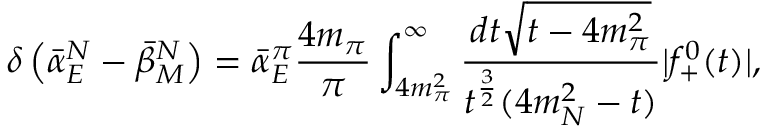
\delta \left( \bar { \alpha } _ { E } ^ { N } - \bar { \beta } _ { M } ^ { N } \right) = \bar { \alpha } _ { E } ^ { \pi } { \frac { 4 m _ { \pi } } { \pi } } \int _ { 4 m _ { \pi } ^ { 2 } } ^ { \infty } { \frac { d t \sqrt { t - 4 m _ { \pi } ^ { 2 } } } { t ^ { \frac { 3 } { 2 } } ( 4 m _ { N } ^ { 2 } - t ) } } | f _ { + } ^ { 0 } ( t ) | ,